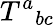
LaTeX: T^{a}{}_{bc}